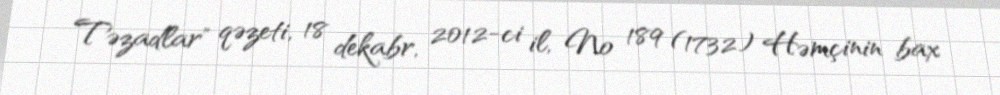
Təzadlar" qəzeti, 18 dekabr, 2012-ci il, № 189 (1732) Həmçinin bax